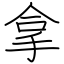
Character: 拿